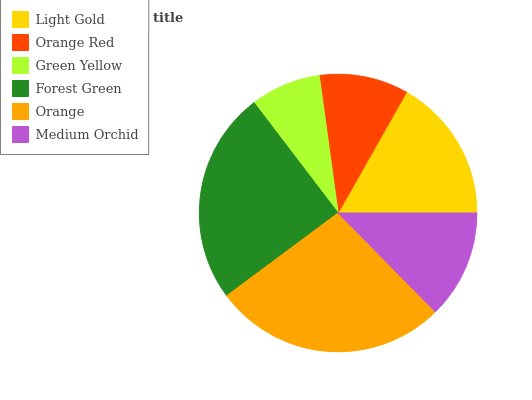
| Light Gold | Orange Red | Green Yellow | Forest Green | Orange | Medium Orchid |
 | --- | --- | --- | --- | --- | --- |
 | 16.8% | 10.4% | 8.19% | 24.8% | 27.2% | 12.6% |